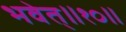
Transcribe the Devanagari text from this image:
भवेत्‌॥१०॥